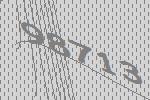
98713